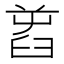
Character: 𦥭